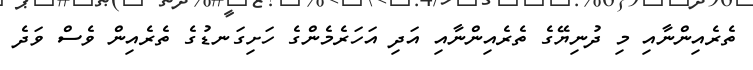
ތެރެއިންނާއި މި ދުނިޔޭގެ ތެރެއިންނާއި އަދި އަހަރެމެންގެ ހަށިގަނޑުގެ ތެރެއިން ވެސް ވަދެ